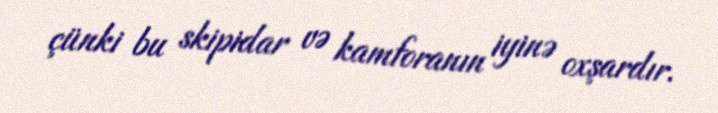
çünki bu skipidar və kamforanın iyinə oxşardır.